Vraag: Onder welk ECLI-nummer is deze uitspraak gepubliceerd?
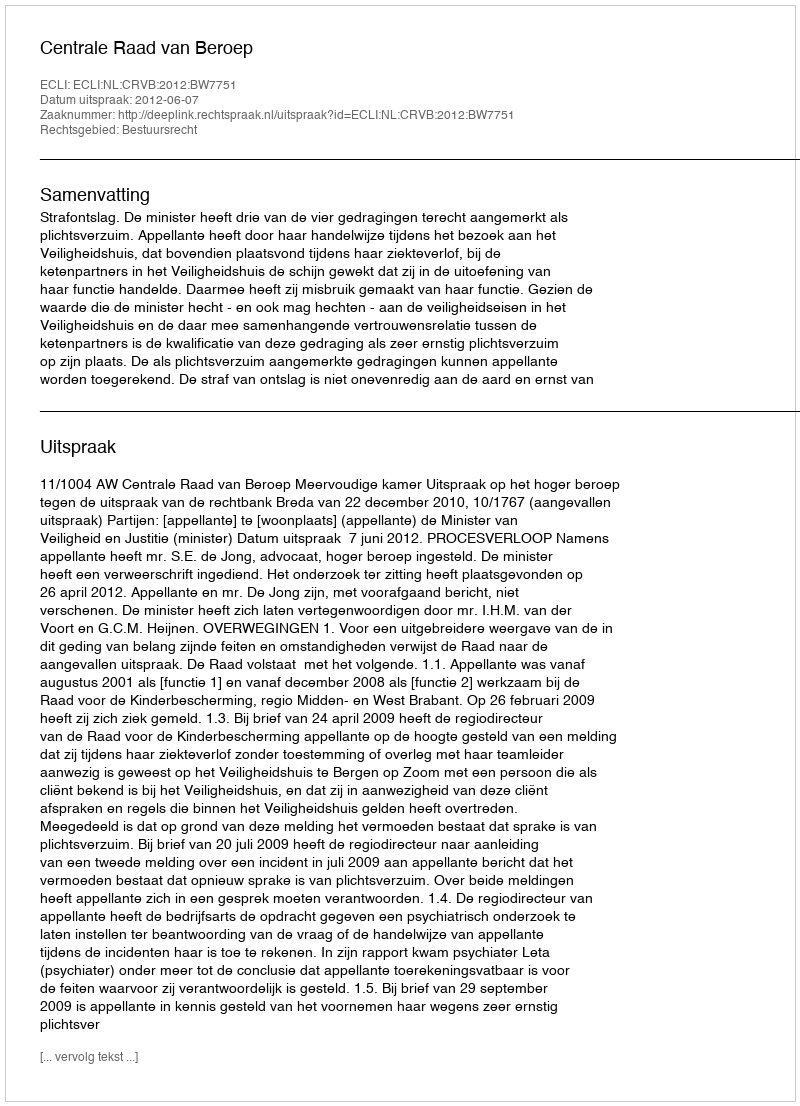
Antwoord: ECLI:NL:CRVB:2012:BW7751